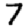
Digit: 7